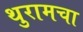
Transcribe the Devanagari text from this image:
थुरामचा